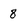
Character: 8